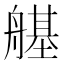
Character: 𦪆